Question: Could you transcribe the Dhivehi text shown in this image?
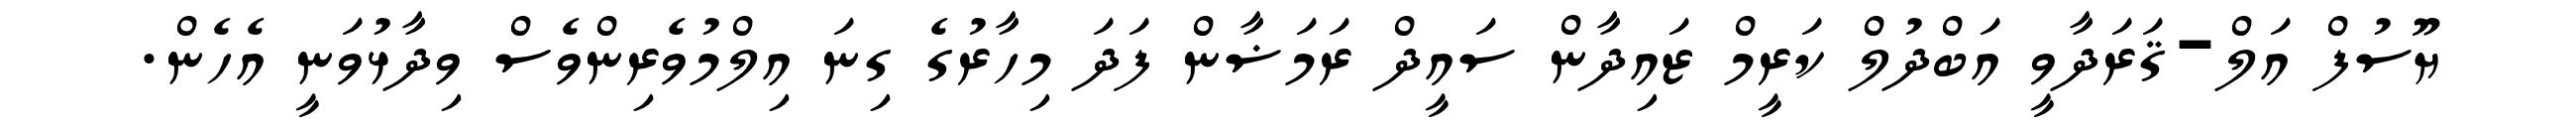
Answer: ޔޫސުފް އަލް-ޤަރަދާވީ އަބްދުލް ކަރީމް ޒައިދާން ސައީދް ރަމަޟާން ފަދަ މިހާރުގެ ގިނަ އިލްމުވެރިންވެސް ވިދާޅުވަނީ އެހެން.